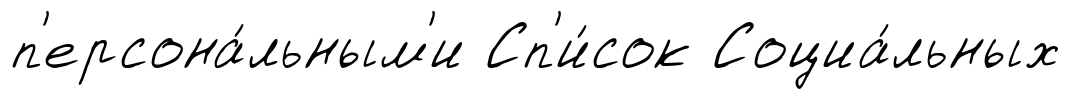
п'ерсона́льным'и Сп'и́сок Социа́льных